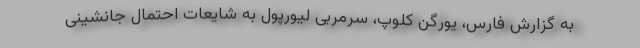
به گزارش فارس، یورگن کلوپ، سرمربی لیورپول به شایعات احتمال جانشینی